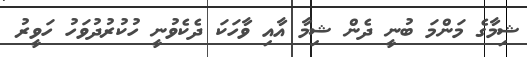
ޝިމާގެ މަންމަ ބުނީ ދެން ޝިމާ އާއި ވާހަކަ ދެކެވުނީ ހުކުރުދުވަހު ހަވީރު